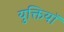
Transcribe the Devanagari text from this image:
युक्तियॉ